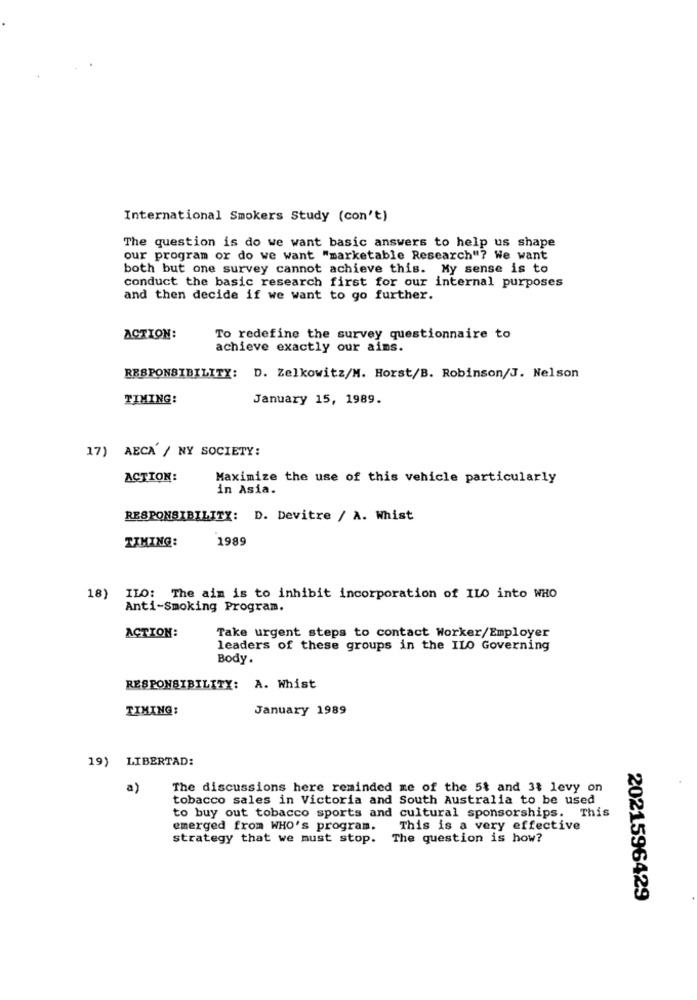
International Smokers Study (con't)
The question is do we want basic answers to help us shape
our program or do we want "marketable Research"? We want
both but one survey cannot achieve this. My sense is to
conduct the basic research first for our internal purposes
and then decide if we want to go further.
ACTION:
To redefine the survey questionnaire to
achieve exactly our aims.
RESPONSIBILITY: D. Zelkowitz/M. Horst/B. Robinson/J. Nelson
TIMING:
January 15, 1989.
17) AECA / NY SOCIETY:
ACTION:
Maximize the use of this vehicle particularly
in Asia.
RESPONSIBILITY: D. Devitre / A. Whist
TIMING:
1989
18) ILO: The aim is to inhibit incorporation of ILO into WHO
Anti-Smoking Program.
ACTION:
Take urgent steps to contact Worker/Employer
leaders of these groups in the ILO Governing
Body.
RESPONSIBILITY: A. Whist
TIMING:
January 1989
19) LIBERTAD:
a)
The discussions here reminded me of the 5% and 33 levy on
tobacco sales in Victoria and South Australia to be used
to buy out tobacco sports and cultural sponsorships. This
emerged from WHO's program. This is a very effective
strategy that we must stop.
The question is how?
2021596429